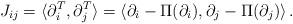
LaTeX: \begin{align*}J_{ij} = \langle \partial_i^T , \partial^T_j \rangle = \langle \partial_i - \Pi ( \partial_i) , \partial_j - \Pi ( \partial_j) \rangle \, .\end{align*}